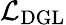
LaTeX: {\cal L}_{\mathrm{DGL}}